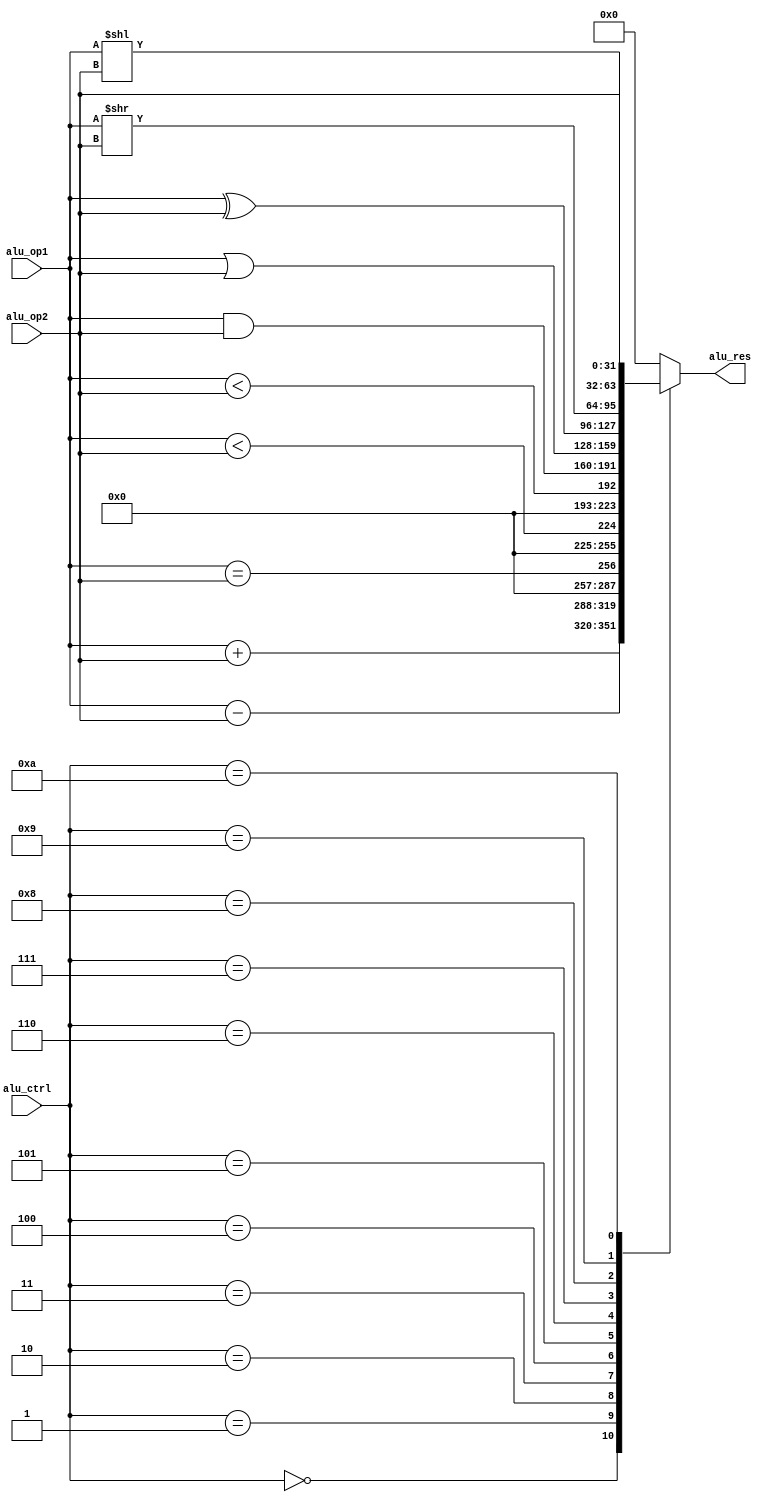
`timescale 1ns / 1ps

module ALU (
    input [3:0] alu_ctrl,
    input [31:0] alu_op1,
    input [31:0] alu_op2,
    output reg [31:0] alu_res
);
    always @(*) begin
        // assign `alu_res`
        case (alu_ctrl)
            4'b0000: alu_res = alu_op1 + alu_op2;
            4'b0001: alu_res = alu_op1 - alu_op2;
            4'b0010: alu_res = alu_op1 == alu_op2;
            4'b0011: alu_res = alu_op1 < alu_op2; // Unsigned alu_op1 < alu_op2
            4'b0100: alu_res = ($signed(alu_op1)) < ($signed(alu_op2)); // Signed alu_op1 < alu_op2
            4'b0101: alu_res = alu_op1 & alu_op2;
            4'b0110: alu_res = alu_op1 | alu_op2;
            4'b0111: alu_res = alu_op1 ^ alu_op2;
            4'b1000: alu_res = alu_op1 >> alu_op2;
            4'b1001: alu_res = alu_op1 << alu_op2;
            4'b1010: alu_res = alu_op2; // Pass op2
            default: alu_res = 0;
        endcase
    end

endmodule